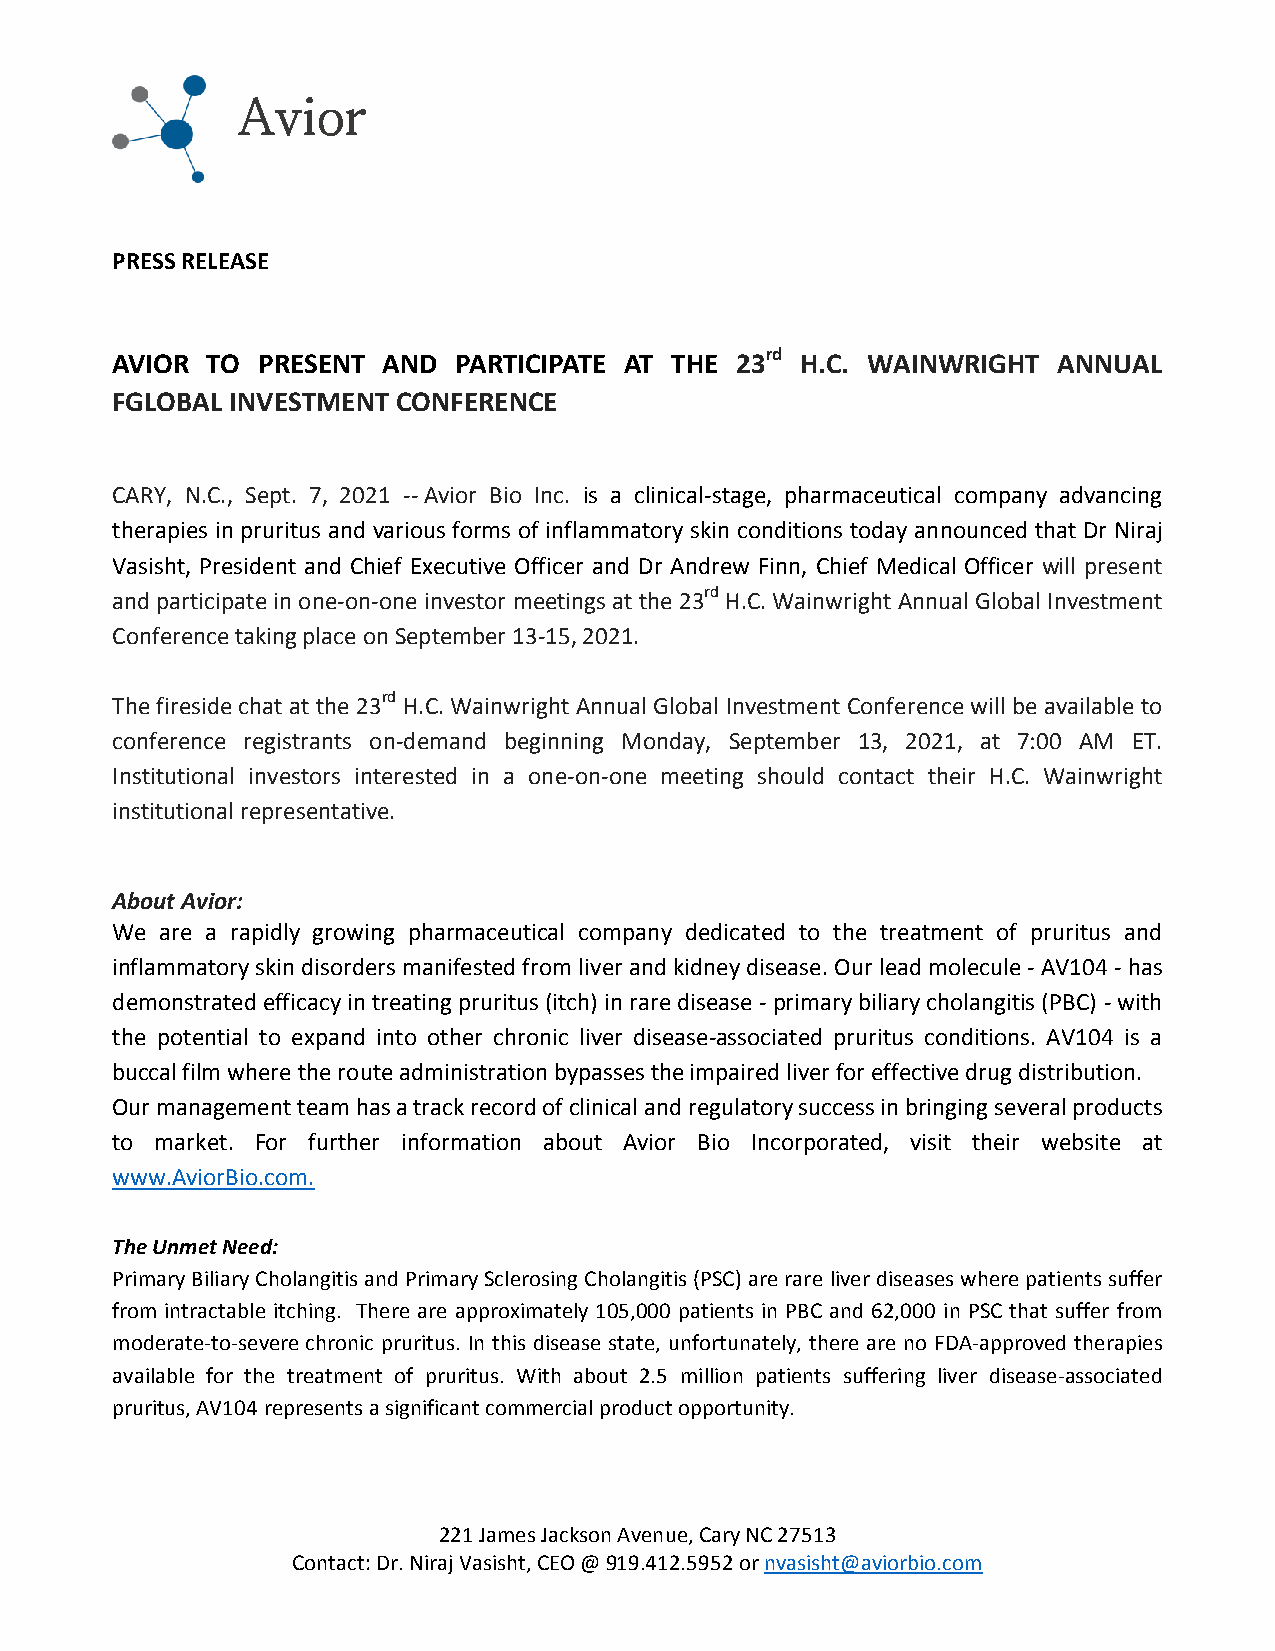
Avior
 PRESS RELEASE
 AVIOR  TO PRESENT AND  PARTICIPATE AT THE 23rd H.C. WAINWRIGHT ANNUAL
 FGLOBAL INVESTMENT CONFERENCE
 CARY, N.C., Sept. 7, 2021 -- Avior Bio Inc. is a clinical-stage, pharmaceutical company advancing
 therapies in pruritus and various forms of inflammatory skin conditions today announced that Dr Niraj
 Vasisht, President and Chief Executive Officer and Dr Andrew Finn, Chief Medical Officer will present
 and participate in one-on-one investor meetings at the 23rd H.C. Wainwright Annual Global Investment
 Conference taking place on September 13-15, 2021.
 The fireside chat at the 23rd H.C. Wainwright Annual Global Investment Conference will be available to
 conference registrants on-demand beginning Monday, September 13, 2021, at 7:00 AM ET.
 Institutional investors interested in a one-on-one meeting should contact their H.C. Wainwright
 institutional representative.
 About Avior:
 We  are a rapidly growing pharmaceutical company dedicated to the treatment of pruritus and
 inflammatory skin disorders manifested from liver and kidney disease. Our lead molecule - AV104 - has
 demonstrated efficacy in treating pruritus (itch) in rare disease - primary biliary cholangitis (PBC) - with
 the potential to expand into other chronic liver disease-associated pruritus conditions. AV104 is a
 buccal film where the route administration bypasses the impaired liver for effective drug distribution.
 Our management team has a track record of clinical and regulatory success in bringing several products
 to market. For further information about Avior Bio Incorporated, visit their website at
 www.AviorBio.com.
 The Unmet Need:
 Primary Biliary Cholangitis and Primary Sclerosing Cholangitis (PSC) are rare liver diseases where patients suffer
 from intractable itching. There are approximately 105,000 patients in PBC and 62,000 in PSC that suffer from
 moderate-to-severe chronic pruritus. In this disease state, unfortunately, there are no FDA-approved therapies
 available for the treatment of pruritus. With about 2.5 million patients suffering liver disease-associated
 pruritus, AV104 represents a significant commercial product opportunity.
 221 James Jackson Avenue, Cary NC 27513
 Contact: Dr. Niraj Vasisht, CEO @ 919.412.5952 or nvasisht@aviorbio.com